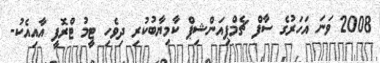
2008 ވަނަ އަހަރުގެ ސާފް ޗެމްޕިއަންޝިޕް ކާމިޔާބުކުރި ދިވެހި ޓީމު ޓްރޮފީ އާއިއެކު-